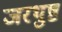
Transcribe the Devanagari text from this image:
जरथुष्ट